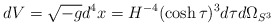
\begin{align*}dV=\sqrt{-g}d^4x=H^{-4}(\cosh \tau)^{3} d\tau d\Omega_{S^3}\end{align*}